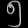
Digit: ၅